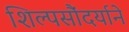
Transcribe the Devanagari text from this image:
शिल्पसौंदर्याने